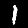
Digit: 1